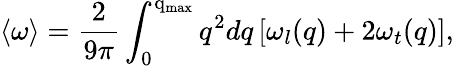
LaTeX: \langle\omega\rangle=\frac{2}{9\pi}\int_{0}^{\mathrm{q_{\mathrm{max}}}}q^{2}dq\left[\omega_{l}(q)+2\omega_{t}(q)\right],